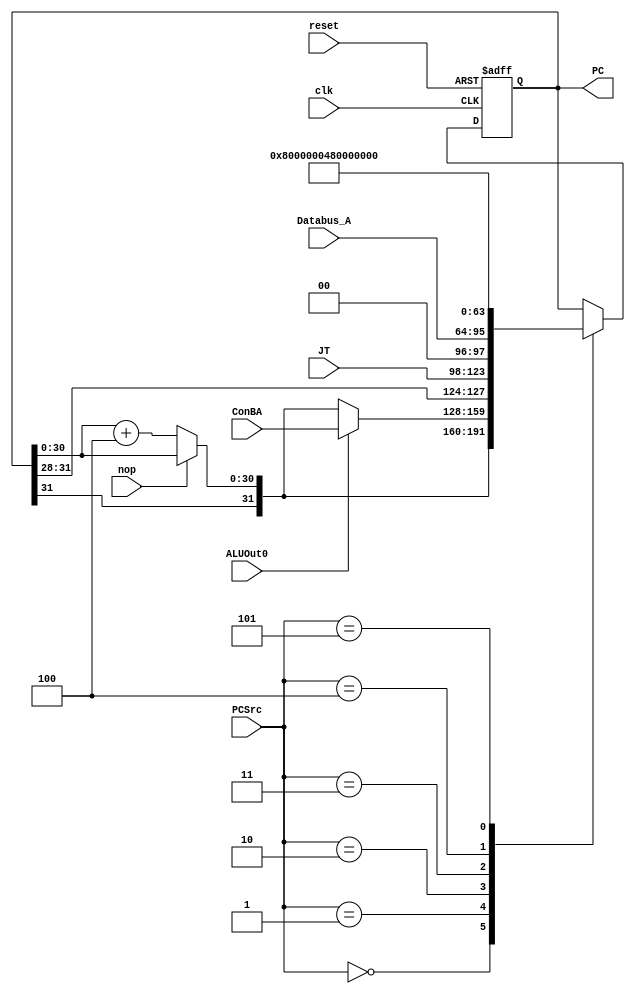
module Pipeline_PC(nop,clk,reset,PCSrc,ALUOut0,ConBA,JT,Databus_A,PC);
  input clk,reset,ALUOut0,nop;
  input [31:0]ConBA,Databus_A;
  input [2:0] PCSrc;
  input [25:0] JT;
  output reg [31:0]PC;
  wire [31:0] PC_Next;
  
  
assign PC_Next=nop?PC:{PC[31],PC[30:0]+31'b000_0000_0000_0000_0000_0000_0000_0100};
  parameter ILLOP_add=32'h80000004;
  parameter XADR_add=32'h80000008;
  initial
  begin PC=32'h80000000;end
  always @(posedge clk,negedge reset)
  if(~reset)
    begin  PC=32'h80000000; end
  else
  begin
    case(PCSrc)
    3'b000:PC<=PC_Next;
    3'b001:PC<=(ALUOut0==1'b1)? ConBA:PC_Next;
    3'b010:PC<={PC[31:28],JT,2'b00};
    3'b011:PC<=Databus_A;
    3'b100:PC<=ILLOP_add;
    3'b101:PC<=XADR_add;
    endcase
  end
endmodule